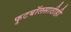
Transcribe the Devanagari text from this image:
फुटबॉलसाठीही